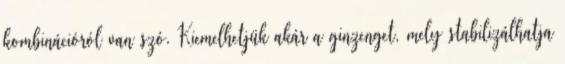
kombinációról van szó. Kiemelhetjük akár a ginzenget, mely stabilizálhatja